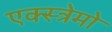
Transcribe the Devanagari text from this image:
एक्स्त्रेमो